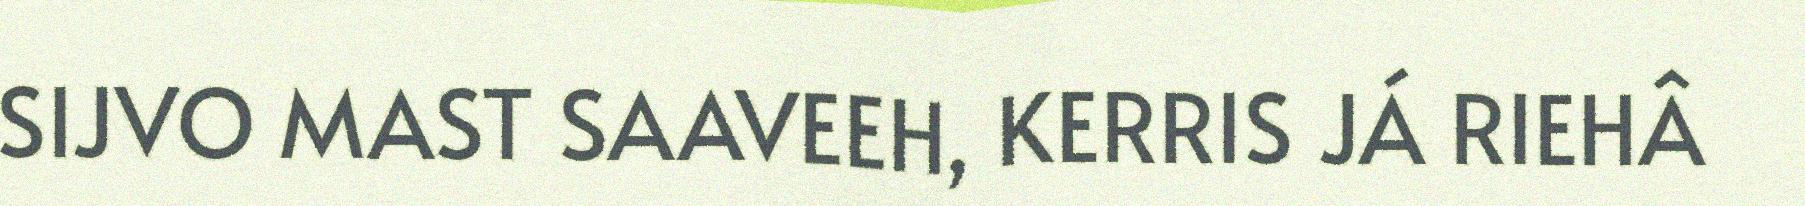
SIJVO MAST SAAVEEH, KERRIS JÁ RIEHÂ